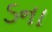
ડના